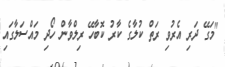
"މަގޭ ދަރި އެރުވި ރަތް ކުލާގެ ކާރު ކޮބާހޭ ރިލްވާން ހޯދި މައްސަލާގައި